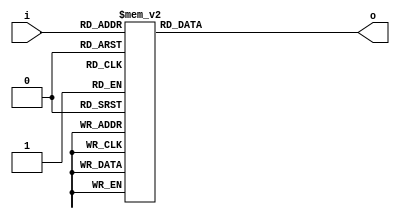
// ============================================================================
//        __
//   \\__/ o\    (C) 2006-2020  Robert Finch, Waterloo
//    \  __ /    All rights reserved.
//     \/_//     robfinch<remove>@finitron.ca
//       ||
//
//	cntpop.v
//		- count number of one bits in a byte
//		- simple fast approach - lookup table
//
// BSD 3-Clause License
// Redistribution and use in source and binary forms, with or without
// modification, are permitted provided that the following conditions are met:
//
// 1. Redistributions of source code must retain the above copyright notice, this
//    list of conditions and the following disclaimer.
//
// 2. Redistributions in binary form must reproduce the above copyright notice,
//    this list of conditions and the following disclaimer in the documentation
//    and/or other materials provided with the distribution.
//
// 3. Neither the name of the copyright holder nor the names of its
//    contributors may be used to endorse or promote products derived from
//    this software without specific prior written permission.
//
// THIS SOFTWARE IS PROVIDED BY THE COPYRIGHT HOLDERS AND CONTRIBUTORS "AS IS"
// AND ANY EXPRESS OR IMPLIED WARRANTIES, INCLUDING, BUT NOT LIMITED TO, THE
// IMPLIED WARRANTIES OF MERCHANTABILITY AND FITNESS FOR A PARTICULAR PURPOSE ARE
// DISCLAIMED. IN NO EVENT SHALL THE COPYRIGHT HOLDER OR CONTRIBUTORS BE LIABLE
// FOR ANY DIRECT, INDIRECT, INCIDENTAL, SPECIAL, EXEMPLARY, OR CONSEQUENTIAL
// DAMAGES (INCLUDING, BUT NOT LIMITED TO, PROCUREMENT OF SUBSTITUTE GOODS OR
// SERVICES; LOSS OF USE, DATA, OR PROFITS; OR BUSINESS INTERRUPTION) HOWEVER
// CAUSED AND ON ANY THEORY OF LIABILITY, WHETHER IN CONTRACT, STRICT LIABILITY,
// OR TORT (INCLUDING NEGLIGENCE OR OTHERWISE) ARISING IN ANY WAY OUT OF THE USE
// OF THIS SOFTWARE, EVEN IF ADVISED OF THE POSSIBILITY OF SUCH DAMAGE.
//
// ============================================================================

module cntpop8(
	input [7:0] i,
	output reg [3:0] o
);

	always @(i)
		case (i)
		8'b00000000:	o = 0;
		8'b00000001:	o = 1;
		8'b00000010:	o = 1;
		8'b00000011:	o = 2;
		8'b00000100:	o = 1;
		8'b00000101:	o = 2;
		8'b00000110:	o = 2;
		8'b00000111:	o = 3;
		8'b00001000:	o = 1;
		8'b00001001:	o = 2;
		8'b00001010:	o = 2;
		8'b00001011:	o = 3;
		8'b00001100:	o = 2;
		8'b00001101:	o = 3;
		8'b00001110:	o = 3;
		8'b00001111:	o = 4;
	         
		8'b00010000:	o = 1;
		8'b00010001:	o = 2;
		8'b00010010:	o = 2;
		8'b00010011:	o = 3;
		8'b00010100:	o = 2;
		8'b00010101:	o = 3;
		8'b00010110:	o = 3;
		8'b00010111:	o = 4;
		8'b00011000:	o = 2;
		8'b00011001:	o = 3;
		8'b00011010:	o = 3;
		8'b00011011:	o = 4;
		8'b00011100:	o = 3;
		8'b00011101:	o = 4;
		8'b00011110:	o = 4;
		8'b00011111:	o = 5;
	         
		8'b00100000:	o = 1;
		8'b00100001:	o = 2;
		8'b00100010:	o = 2;
		8'b00100011:	o = 3;
		8'b00100100:	o = 2;
		8'b00100101:	o = 3;
		8'b00100110:	o = 3;
		8'b00100111:	o = 4;
		8'b00101000:	o = 2;
		8'b00101001:	o = 3;
		8'b00101010:	o = 3;
		8'b00101011:	o = 4;
		8'b00101100:	o = 3;
		8'b00101101:	o = 4;
		8'b00101110:	o = 4;
		8'b00101111:	o = 5;
	         
		8'b00110000:	o = 2;
		8'b00110001:	o = 3;
		8'b00110010:	o = 3;
		8'b00110011:	o = 4;
		8'b00110100:	o = 3;
		8'b00110101:	o = 4;
		8'b00110110:	o = 4;
		8'b00110111:	o = 5;
		8'b00111000:	o = 3;
		8'b00111001:	o = 4;
		8'b00111010:	o = 4;
		8'b00111011:	o = 5;
		8'b00111100:	o = 4;
		8'b00111101:	o = 5;
		8'b00111110:	o = 5;
		8'b00111111:	o = 6;
             
		// 44 - 1	
		8'b01000000:	o = 1;
		8'b01000001:	o = 2;
		8'b01000010:	o = 2;
		8'b01000011:	o = 3;
		8'b01000100:	o = 2;
		8'b01000101:	o = 3;
		8'b01000110:	o = 3;
		8'b01000111:	o = 4;
		8'b01001000:	o = 2;
		8'b01001001:	o = 3;
		8'b01001010:	o = 3;
		8'b01001011:	o = 4;
		8'b01001100:	o = 3;
		8'b01001101:	o = 4;
		8'b01001110:	o = 4;
		8'b01001111:	o = 5;

		8'b01010000:	o = 2;
		8'b01010001:	o = 3;
		8'b01010010:	o = 3;
		8'b01010011:	o = 4;
		8'b01010100:	o = 3;
		8'b01010101:	o = 4;
		8'b01010110:	o = 4;
		8'b01010111:	o = 5;
		8'b01011000:	o = 3;
		8'b01011001:	o = 4;
		8'b01011010:	o = 4;
		8'b01011011:	o = 5;
		8'b01011100:	o = 4;
		8'b01011101:	o = 5;
		8'b01011110:	o = 5;
		8'b01011111:	o = 6;
             
		8'b01100000:	o = 2;
		8'b01100001:	o = 3;
		8'b01100010:	o = 3;
		8'b01100011:	o = 4;
		8'b01100100:	o = 3;
		8'b01100101:	o = 4;
		8'b01100110:	o = 4;
		8'b01100111:	o = 5;
		8'b01101000:	o = 3;
		8'b01101001:	o = 4;
		8'b01101010:	o = 4;
		8'b01101011:	o = 5;
		8'b01101100:	o = 4;
		8'b01101101:	o = 5;
		8'b01101110:	o = 5;
		8'b01101111:	o = 6;
	         
		8'b01110000:	o = 3;
		8'b01110001:	o = 4;
		8'b01110010:	o = 4;
		8'b01110011:	o = 5;
		8'b01110100:	o = 4;
		8'b01110101:	o = 5;
		8'b01110110:	o = 5;
		8'b01110111:	o = 6;
		8'b01111000:	o = 4;
		8'b01111001:	o = 5;
		8'b01111010:	o = 5;
		8'b01111011:	o = 6;
		8'b01111100:	o = 5;
		8'b01111101:	o = 6;
		8'b01111110:	o = 6;
		8'b01111111:	o = 7;

		//  - 2	
		8'b10000000:	o = 1;
		8'b10000001:	o = 2;
		8'b10000010:	o = 2;
		8'b10000011:	o = 3;
		8'b10000100:	o = 2;
		8'b10000101:	o = 3;
		8'b10000110:	o = 3;
		8'b10000111:	o = 4;
		8'b10001000:	o = 2;
		8'b10001001:	o = 3;
		8'b10001010:	o = 3;
		8'b10001011:	o = 4;
		8'b10001100:	o = 3;
		8'b10001101:	o = 4;
		8'b10001110:	o = 4;
		8'b10001111:	o = 5;

		8'b10010000:	o = 2;
		8'b10010001:	o = 3;
		8'b10010010:	o = 3;
		8'b10010011:	o = 4;
		8'b10010100:	o = 3;
		8'b10010101:	o = 4;
		8'b10010110:	o = 4;
		8'b10010111:	o = 5;
		8'b10011000:	o = 3;
		8'b10011001:	o = 4;
		8'b10011010:	o = 4;
		8'b10011011:	o = 5;
		8'b10011100:	o = 4;
		8'b10011101:	o = 5;
		8'b10011110:	o = 5;
		8'b10011111:	o = 6;
	        
		8'b10100000:	o = 2;
		8'b10100001:	o = 3;
		8'b10100010:	o = 3;
		8'b10100011:	o = 4;
		8'b10100100:	o = 3;
		8'b10100101:	o = 4;
		8'b10100110:	o = 4;
		8'b10100111:	o = 5;
		8'b10101000:	o = 3;
		8'b10101001:	o = 4;
		8'b10101010:	o = 4;
		8'b10101011:	o = 5;
		8'b10101100:	o = 4;
		8'b10101101:	o = 5;
		8'b10101110:	o = 5;
		8'b10101111:	o = 6;
	                           
		8'b10110000:	o = 3;
		8'b10110001:	o = 4;
		8'b10110010:	o = 4;
		8'b10110011:	o = 5;
		8'b10110100:	o = 4;
		8'b10110101:	o = 5;
		8'b10110110:	o = 5;
		8'b10110111:	o = 6;
		8'b10111000:	o = 4;
		8'b10111001:	o = 5;
		8'b10111010:	o = 5;
		8'b10111011:	o = 6;
		8'b10111100:	o = 5;
		8'b10111101:	o = 6;
		8'b10111110:	o = 6;
		8'b10111111:	o = 7;
            
		// 44 - 3	
		8'b11000000:	o = 2;
		8'b11000001:	o = 3;
		8'b11000010:	o = 3;
		8'b11000011:	o = 4;
		8'b11000100:	o = 3;
		8'b11000101:	o = 4;
		8'b11000110:	o = 4;
		8'b11000111:	o = 5;
		8'b11001000:	o = 3;
		8'b11001001:	o = 4;
		8'b11001010:	o = 4;
		8'b11001011:	o = 5;
		8'b11001100:	o = 4;
		8'b11001101:	o = 5;
		8'b11001110:	o = 5;
		8'b11001111:	o = 6;
	                           
		8'b11010000:	o = 3;
		8'b11010001:	o = 4;
		8'b11010010:	o = 4;
		8'b11010011:	o = 5;
		8'b11010100:	o = 4;
		8'b11010101:	o = 5;
		8'b11010110:	o = 5;
		8'b11010111:	o = 6;
		8'b11011000:	o = 4;
		8'b11011001:	o = 5;
		8'b11011010:	o = 5;
		8'b11011011:	o = 6;
		8'b11011100:	o = 5;
		8'b11011101:	o = 6;
		8'b11011110:	o = 6;
		8'b11011111:	o = 7;
	        
		8'b11100000:	o = 3;
		8'b11100001:	o = 4;
		8'b11100010:	o = 4;
		8'b11100011:	o = 5;
		8'b11100100:	o = 4;
		8'b11100101:	o = 5;
		8'b11100110:	o = 5;
		8'b11100111:	o = 6;
		8'b11101000:	o = 4;
		8'b11101001:	o = 5;
		8'b11101010:	o = 5;
		8'b11101011:	o = 6;
		8'b11101100:	o = 5;
		8'b11101101:	o = 6;
		8'b11101110:	o = 6;
		8'b11101111:	o = 7;
	                           
		8'b11110000:	o = 4;
		8'b11110001:	o = 5;
		8'b11110010:	o = 5;
		8'b11110011:	o = 6;
		8'b11110100:	o = 5;
		8'b11110101:	o = 6;
		8'b11110110:	o = 6;
		8'b11110111:	o = 7;
		8'b11111000:	o = 5;
		8'b11111001:	o = 6;
		8'b11111010:	o = 6;
		8'b11111011:	o = 7;
		8'b11111100:	o = 6;
		8'b11111101:	o = 7;
		8'b11111110:	o = 7;
		8'b11111111:	o = 8;

		endcase
		

endmodule


module cntpop16(
	input [15:0] i,
	output [4:0] o
);

	wire [3:0] cnt1, cnt2;

	cntpop8 u1 (i[ 7:0],cnt1);
	cntpop8 u2 (i[15:8],cnt2);

	assign o = cnt1 + cnt2;

endmodule


// 76 slices / 147 LUTs / 19 ns
module cntpop32(
	input [31:0] i,
	output [5:0] o
);

	wire [3:0] cnt1, cnt2, cnt3, cnt4;

	// cntpop8 results in faster result than cntpop16
	cntpop8 u1 (i[ 7: 0],cnt1);
	cntpop8 u2 (i[15: 8],cnt2);
	cntpop8 u3 (i[23:16],cnt3);
	cntpop8 u4 (i[31:24],cnt4);

	assign o = cnt1+cnt2+cnt3+cnt4;

endmodule


// 156 slices / 300 LUTs / 22.2 ns
module cntpop64(
	input [63:0] i,
	output [6:0] o
);

	wire [4:0] cnt1, cnt2, cnt3, cnt4;

	cntpop16 u1 (i[15: 0],cnt1);
	cntpop16 u2 (i[31:16],cnt2);
	cntpop16 u3 (i[47:32],cnt3);
	cntpop16 u4 (i[63:48],cnt4);

	assign o = cnt1+cnt2+cnt3+cnt4;

endmodule

module cntpop80(
	input [79:0] i,
	output [6:0] o
);

	wire [4:0] cnt1, cnt2, cnt3, cnt4, cnt5;

	cntpop16 u1 (i[15: 0],cnt1);
	cntpop16 u2 (i[31:16],cnt2);
	cntpop16 u3 (i[47:32],cnt3);
	cntpop16 u4 (i[63:48],cnt4);
	cntpop16 u5 (i[79:64],cnt5);

	assign o = cnt1+cnt2+cnt3+cnt4+cnt5;

endmodule

module cntpop128(
	input [127:0] i,
	output [7:0] o
);

	wire [6:0] cnt1, cnt2;

	cntpop64 u1 (i[63: 0],cnt1);
	cntpop64 u2 (i[127:64],cnt2);

	assign o = cnt1+cnt2;

endmodule


module cntpop16reg (
  input clk,
  input ce,
	input [15:0] i,
	output reg [4:0] o
);

	wire [3:0] cnt1, cnt2;

	cntpop8 u1 (i[ 7:0],cnt1);
	cntpop8 u2 (i[15:8],cnt2);

  always @(posedge clk)
	  if (ce) o <= cnt1 + cnt2;

endmodule

module cntpop64reg(
  input clk,
  input ce,
	input [63:0] i,
	output reg [6:0] o
);

	wire [4:0] cnt1, cnt2, cnt3, cnt4;

	cntpop16reg u1 (clk, ce, i[15: 0],cnt1);
	cntpop16reg u2 (clk, ce, i[31:16],cnt2);
	cntpop16reg u3 (clk, ce, i[47:32],cnt3);
	cntpop16reg u4 (clk, ce, i[63:48],cnt4);

  always @(posedge clk)
	  if (ce) o <= cnt1+cnt2+cnt3+cnt4;

endmodule